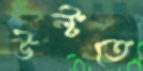
উল্‌টতে